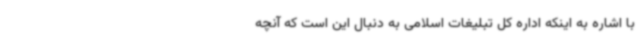
با اشاره به اینکه اداره کل تبلیغات اسلامی به دنبال این است که آنچه